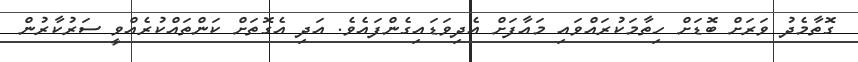
ގޮތާމެދު ވަރަށް ބޮޑަށް ހިތާމަކުރައްވައި މައާފަށް އެދިވަޑައިގެންފައެވެ. އަދި އެގޮތަށް ކަންތައްކުރެއްވީ ސަރުކާރުން